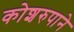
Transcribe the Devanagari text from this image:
कोशरुपाने